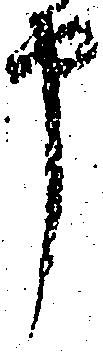
申